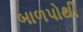
બાળપોથી